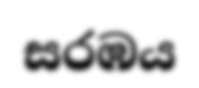
සරඹය